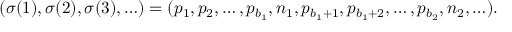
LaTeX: ( \sigma ( 1 ) , \sigma ( 2 ) , \sigma ( 3 ) , \ldots ) = ( p _ { 1 } , p _ { 2 } , \ldots , p _ { b _ { 1 } } , n _ { 1 } , p _ { b _ { 1 } + 1 } , p _ { b _ { 1 } + 2 } , \ldots , p _ { b _ { 2 } } , n _ { 2 } , \ldots ) .